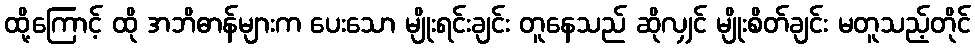
ထို့ကြောင့် ထို အဘိဓာန်များက ပေးသော မျိုးရင်းချင်း တူနေသည် ဆိုလျှင် မျိုးစိတ်ချင်း မတူသည့်တိုင်